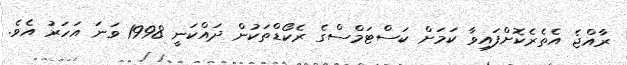
ރާއްޖެ އެތެރެކޮށްފައިވާ ކަމަށް ކަސްޓަމްސްގެ ރެކޯޑްތަކުން ދައްކަނީ 1998 ވަނަ އަހަރު އެވެ.